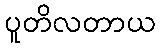
ပူတိလတာယ